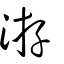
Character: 游